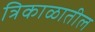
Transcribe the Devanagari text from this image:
त्रिकाळातील